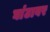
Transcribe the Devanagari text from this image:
घांटावर